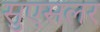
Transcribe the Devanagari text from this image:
सुएसलर